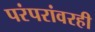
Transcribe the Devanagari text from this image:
परंपरांवरही